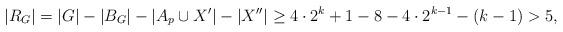
LaTeX: \begin{align*}|R_G| =|G|-|B_G|- |A_p \cup X'|-|X''| \ge 4\cdot 2^k+1 -8-4 \cdot 2^{k-1} -(k-1)>5, \end{align*}